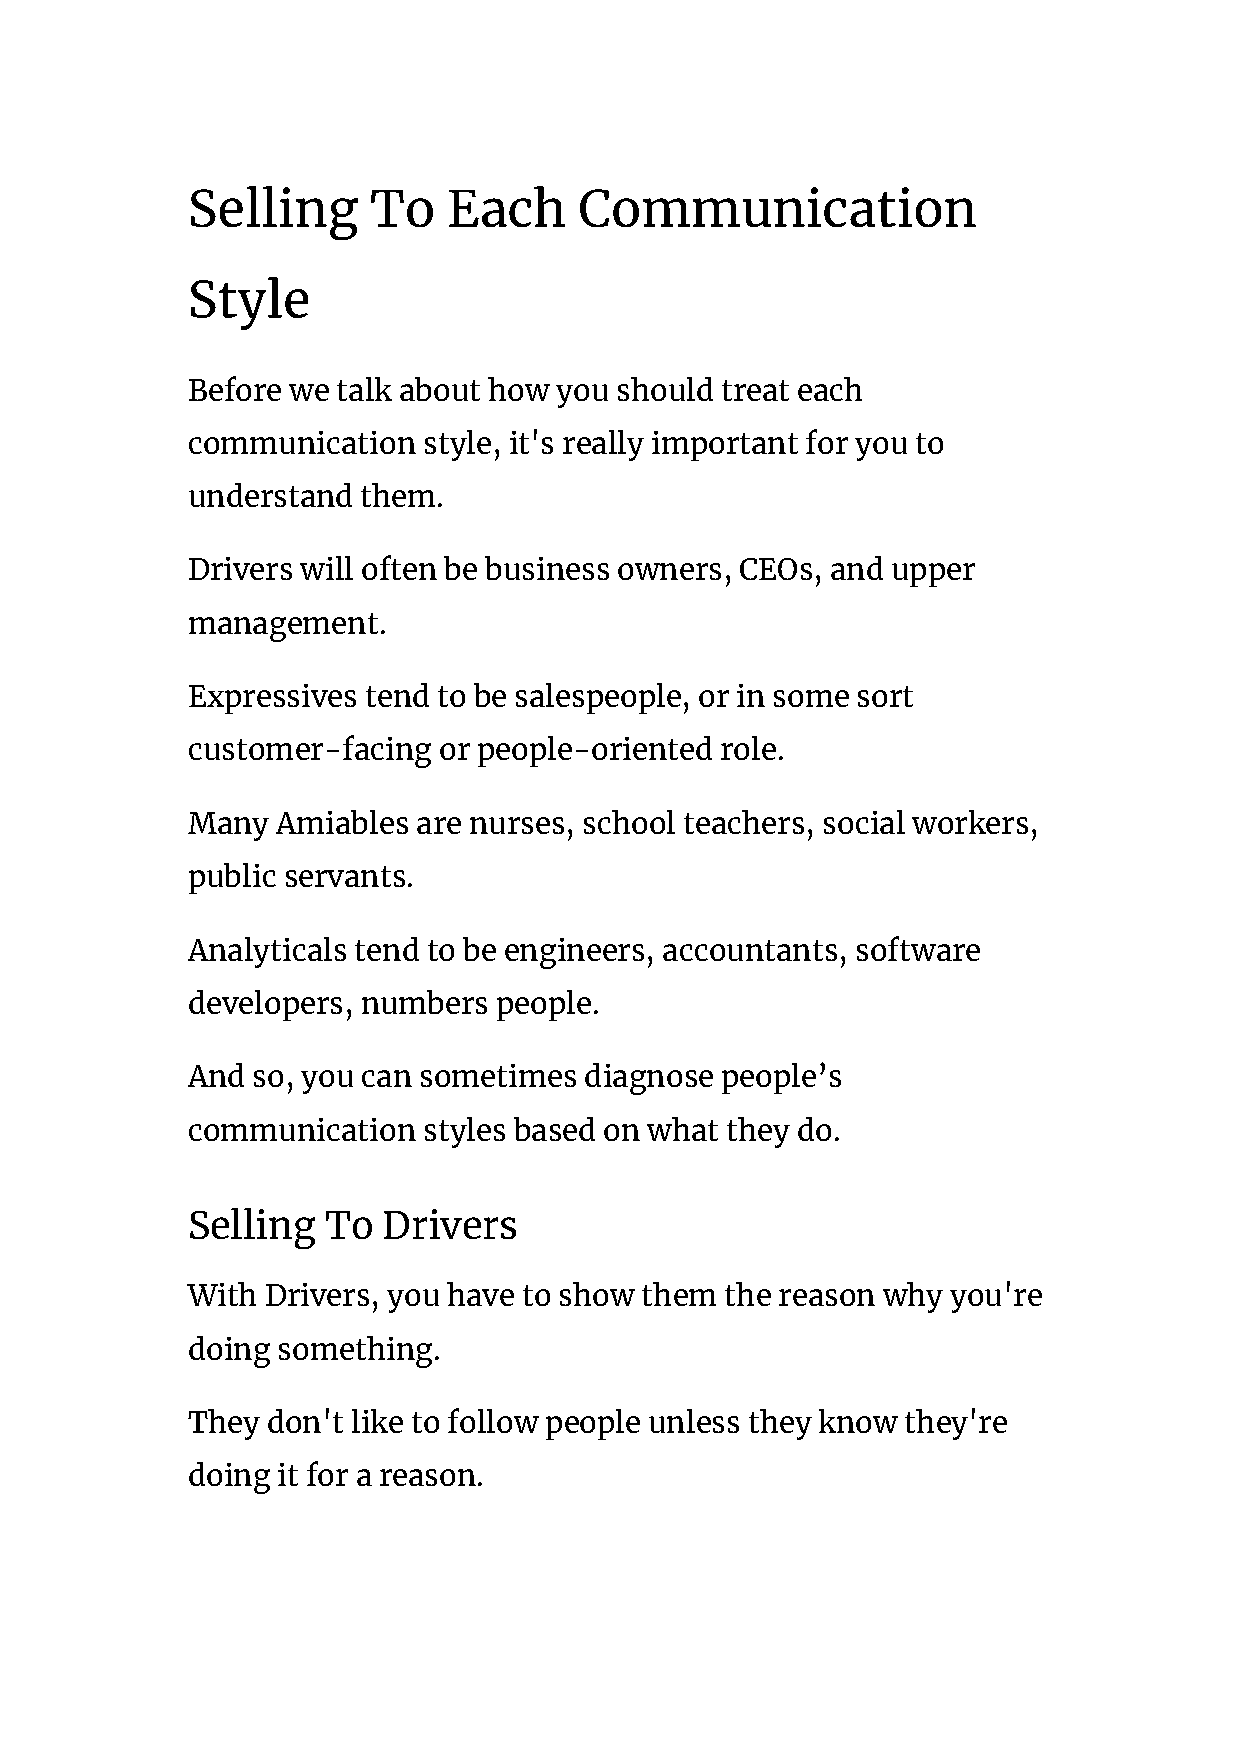
Selling      To   Each    Communication
 Style
 Before we talk about how you should treat each
 communication   style, it's really important for you to
 understand  them.
 Drivers will often be business owners, CEOs, and upper
 management.
 Expressives tend to be salespeople, or in some sort
 customer-facing  or people-oriented role.
 Many  Amiables  are nurses, school teachers, social workers,
 public servants.
 Analyticals tend to be engineers, accountants, software
 developers, numbers  people.
 And  so, you can sometimes diagnose people’s
 communication   styles based on what they do.
 Selling  To  Drivers
 With  Drivers, you have to show them the reason why you're
 doing something.
 They  don't like to follow people unless they know they're
 doing it for a reason.